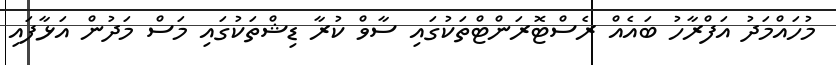
މުހައްމަދު އަފްރާހު ބައެއް ރެސްޓޮރަންޓްތަކުގައި ސާވް ކުރާ ޑިޝްތަކުގައި މަސް މަދުން އަޅާފައި